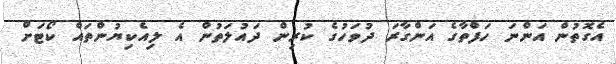
އެގޮތުން އަންނަ ހަފްތާގެ އަންގާރަ ދުވަހުގެ ކުރިން ދައުލަތުން އެ ލިއެކިޔުންތައް ކޯޓަށް